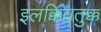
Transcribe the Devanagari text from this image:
इलक्कियतुक्क